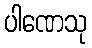
ပါဏေသု